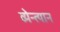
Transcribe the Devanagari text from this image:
व्येन्त्यान